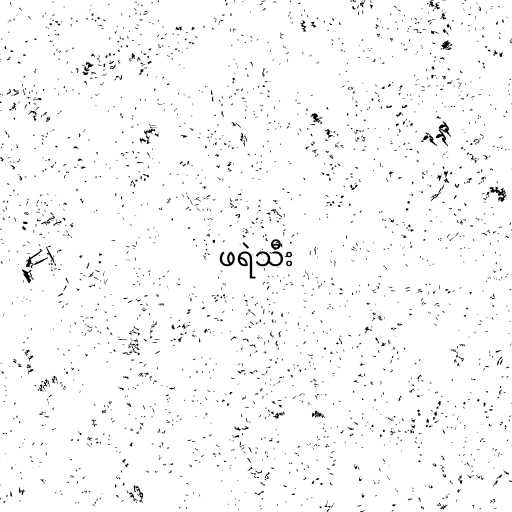
ဖရဲသီး